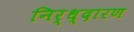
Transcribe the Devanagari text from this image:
निर्ध्दारण